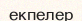
екпелер